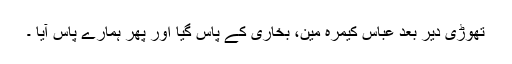
تھوڑی دیر بعد عباس کیمرہ مین، بخاری کے پاس گیا اور پھر ہمارے پاس آیا ۔